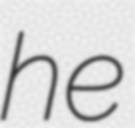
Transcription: he